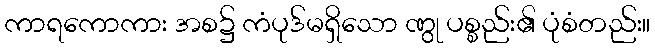
ကာရကောကား အစ၌ ကံပုဒ်မရှိသော ဏွု ပစ္စည်း၏ ပုံစံတည်း။